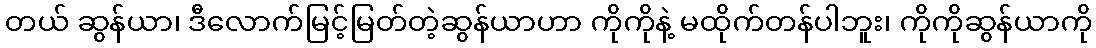
တယ် ဆွန်ယာ၊ ဒီလောက်မြင့်မြတ်တဲ့ဆွန်ယာဟာ ကိုကိုနဲ့ မထိုက်တန်ပါဘူး၊ ကိုကိုဆွန်ယာကို